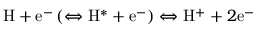
\mathrm { H } + \mathrm { e } ^ { - } \left( \Leftrightarrow \mathrm { H ^ { * } } + \mathrm { e } ^ { - } \right) \Leftrightarrow \mathrm { H } ^ { + } + 2 \mathrm { e } ^ { - }